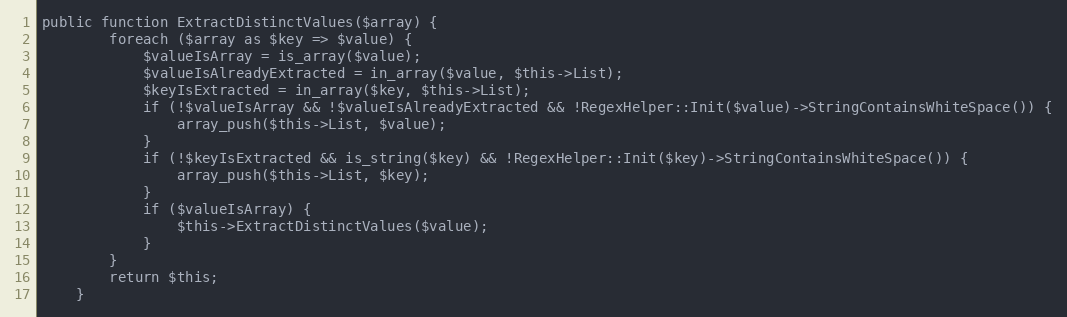
Language: PHP
public function ExtractDistinctValues($array) {
        foreach ($array as $key => $value) {
            $valueIsArray = is_array($value);
            $valueIsAlreadyExtracted = in_array($value, $this->List);
            $keyIsExtracted = in_array($key, $this->List);
            if (!$valueIsArray && !$valueIsAlreadyExtracted && !RegexHelper::Init($value)->StringContainsWhiteSpace()) {
                array_push($this->List, $value);
            }
            if (!$keyIsExtracted && is_string($key) && !RegexHelper::Init($key)->StringContainsWhiteSpace()) {
                array_push($this->List, $key);
            }
            if ($valueIsArray) {
                $this->ExtractDistinctValues($value);
            }
        }
        return $this;
    }